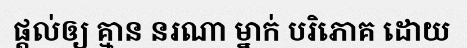
ផ្តល់ឲ្យ គ្មាន នរណា ម្នាក់ បរិភោគ ដោយ